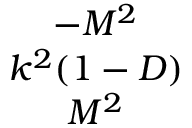
\begin{array} { c } { { - M ^ { 2 } } } \\ { { k ^ { 2 } ( 1 - D ) } } \\ { { M ^ { 2 } } } \end{array}